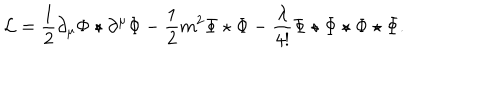
LaTeX: \mathcal { L } = \frac { 1 } { 2 } \partial _ { \mu } \Phi \star \partial ^ { \mu } \Phi - \frac 1 2 m ^ { 2 } \Phi \star \Phi - \frac \lambda { 4 ! } \Phi \star \Phi \star \Phi \star \Phi .